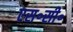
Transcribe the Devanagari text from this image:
एस॰सी॰